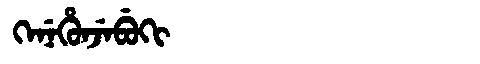
Manchu: ᡴᡝᠨᡝᡥᡠᠨᠵᡝᠪᡠᡴᡳ
Romanization: KENEHUNJEBUKI